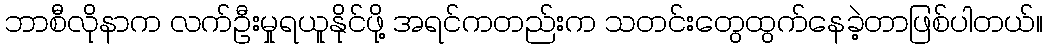
ဘာစီလိုနာက လက်ဦးမှုရယူနိုင်ဖို့ အရင်ကတည်းက သတင်းတွေထွက်နေခဲ့တာဖြစ်ပါတယ်။